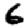
Digit: 6